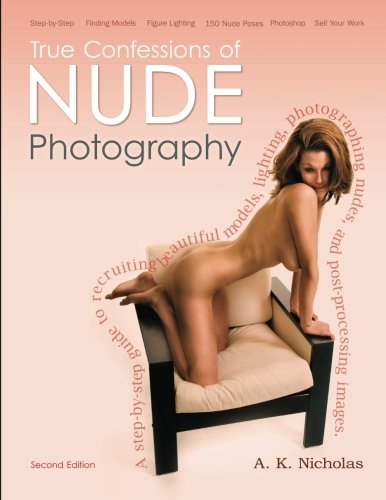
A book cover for True Confessions of Nude Photography: A Step-by-Step Guide to Recruiting Beautiful Models, Lighting, Photographing Nudes, Post-Processing Images, and Maybe Even Getting Paid to Do It. (second edition); A. K. Nicholas; Arts & Photography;